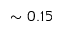
\sim 0 . 1 5